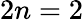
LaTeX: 2n=2